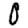
Digit: 0